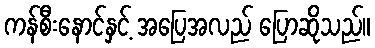
ကန်စီးနောင်နှင့် အပြေအလည် ပြောဆိုသည်။